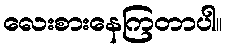
လေးစားနေကြတာပါ။